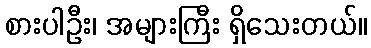
စားပါဦး၊ အများကြီး ရှိသေးတယ်။